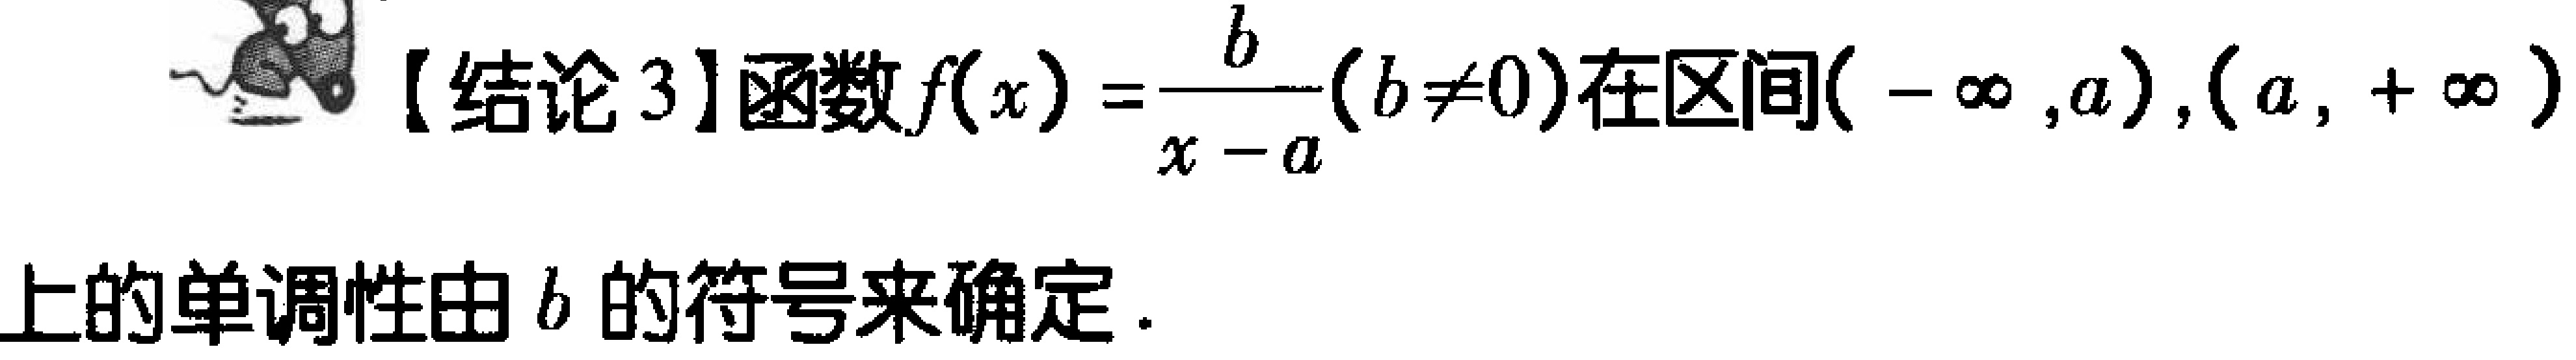
【结论3】函数\(f(x)=\frac{b}{x - a}(b\neq0)\)在区间\((-\infty,a),(a,+\infty)\)上的单调性由\(b\)的符号来确定.